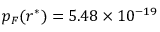
p _ { F } ( r ^ { * } ) = 5 . 4 8 \times 1 0 ^ { - 1 9 }